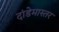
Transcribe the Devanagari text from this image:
दांडेमास्तर